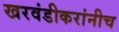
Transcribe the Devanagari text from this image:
खरवंडीकरांनीच